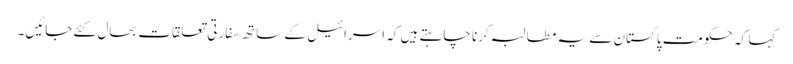
کہا کہ حکومت پاکستان سے یہ مطالبہ کرنا چاہتے ہیں کہ اسرائیل کے ساتھ سفارتی تعلقات بحال کئے جائیں۔